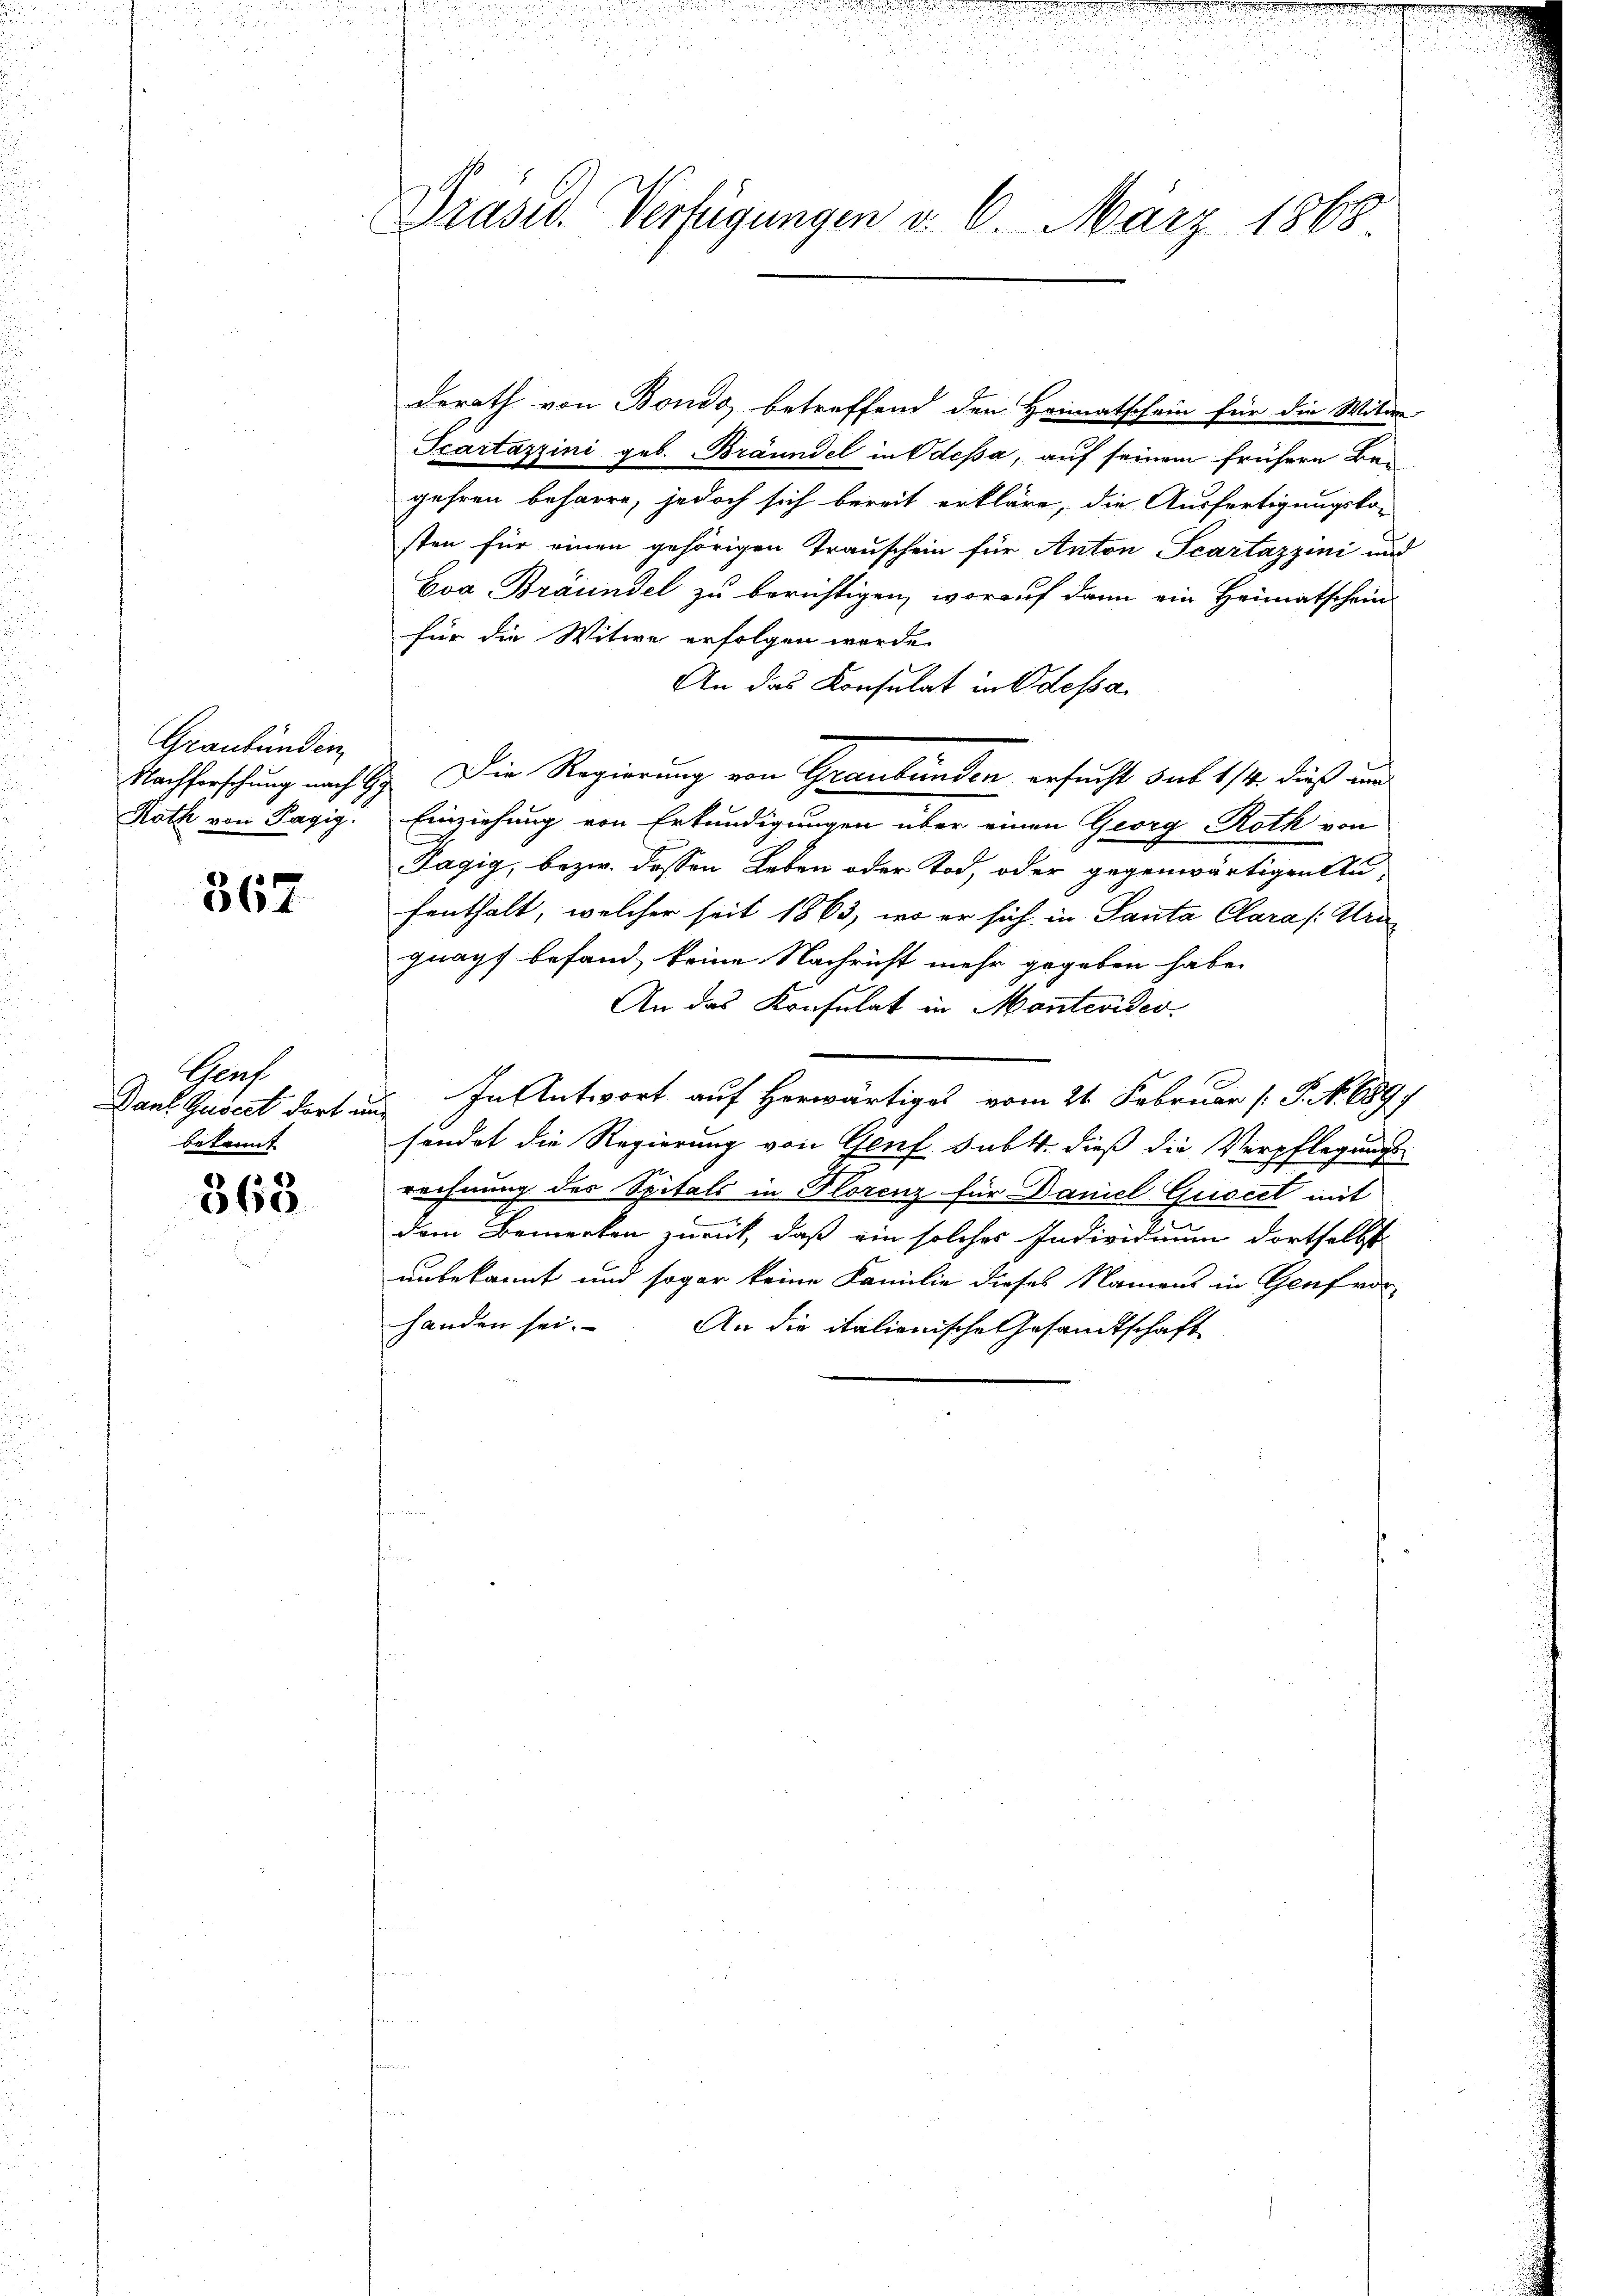
Graubünden
Roth von Pagig.

367

Graf
bekannt

368

Präsid. Verfügungen d. 6. März 1868

derath von Bondo betreffend den Heimatschein für die Witwe
Scartazzini geb. Bräundel in Odessa, auf seinem frühere Begehren beharre, jedoch sich bereit erkläre, die Ausfertigungsko-
sten für einen gehörigen Trauschein für Anton Scartazzini und
Eva Bräundel zu berichtigen, worauf dann ein Heimatschein
für die Witwe erfolgen werde.
An das Konsulat in Odessa
Nachforschung nach Hr. Die Regierung von Graubünden ersucht sub 1/4. dieß au
Einziehung von Erkundigungen über einen Georg Roth von
—
Pagig, bezw. dessen Leben oder Tod, oder gegenwärtigentu
fenthalt, welcher seit 1863, wo er sich in Santa Clara /:Urngnapf befand, keine Nachricht mehr gegeben habe.
An das Konsulat in Montevides.
Dank Gusezt dort in In Antwort auf herwärtiges vom 21. Februar [S. Nr. 1897
sondet die Regierung von Genf sub 4. dieß die Verpflegungs-
rechnung des Spitals in Florenz für Daniel Guscet mit
dem Bemerken zurück, daß ein solches Individuum dortselbst
unbekannt und sogar keine Familie dieses Namens in Genf vo
handen sei. An die italienische Gesandtschaft